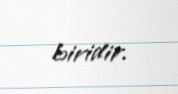
biridir.